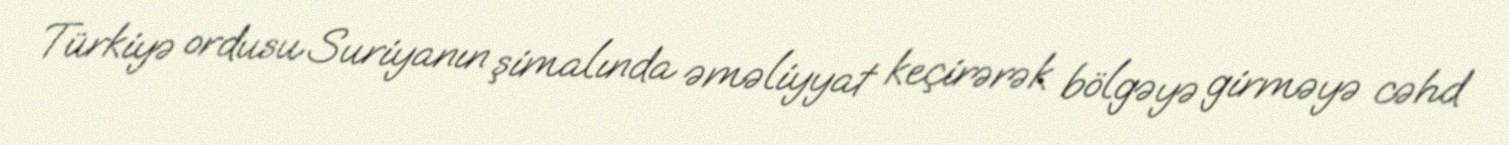
Türkiyə ordusu Suriyanın şimalında əməliyyat keçirərək bölgəyə girməyə cəhd